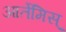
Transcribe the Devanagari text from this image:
आर्तेमिस्‌